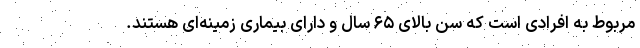
مربوط به افرادی است که سن بالای ۶۵ سال و دارای بیماری زمینه‌ای هستند.